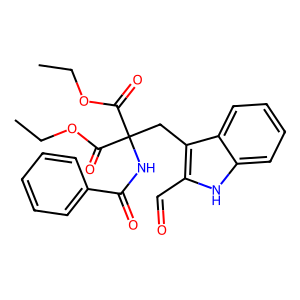
SMILES: CCOC(=O)C(Cc1c(C=O)[nH]c2ccccc12)(NC(=O)c1ccccc1)C(=O)OCC
Inhibits HIV replication: No